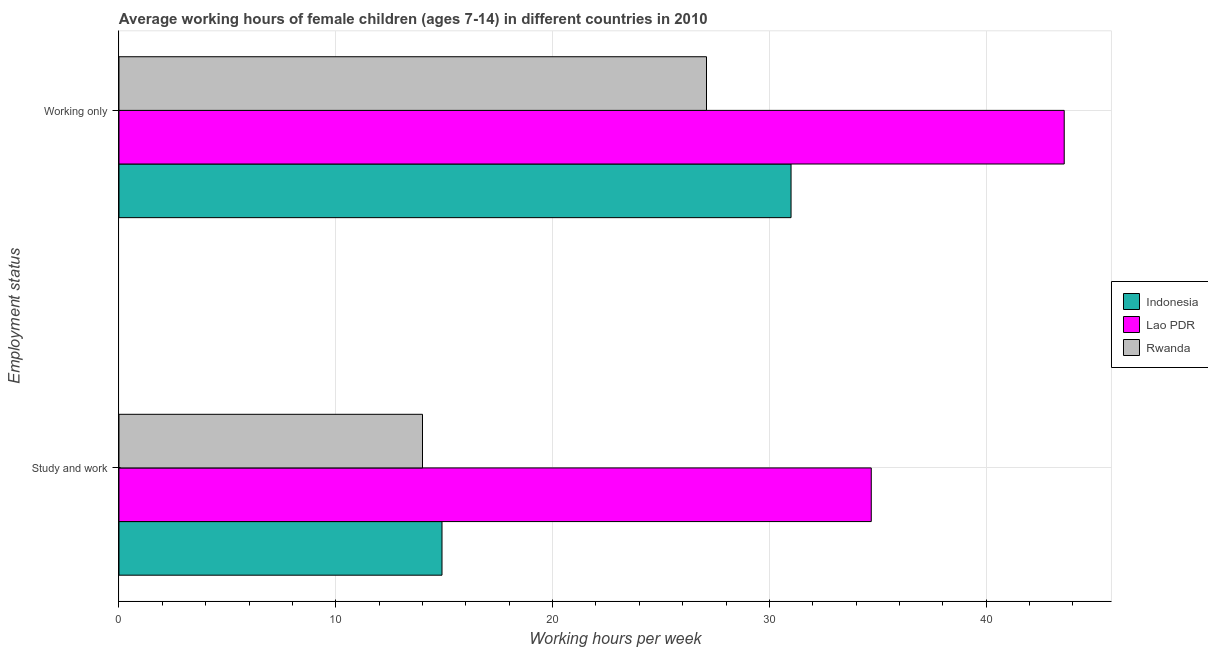
| Employment status | Indonesia | Lao PDR | Rwanda |
 | --- | --- | --- | --- |
 | Study and work | 14.9 | 34.7 | 14 |
 | Working only | 31 | 43.6 | 27.1 |